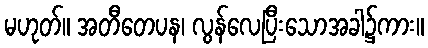
မဟုတ်။ အတီတေပန၊ လွန်လေပြီးသောအခါ၌ကား။